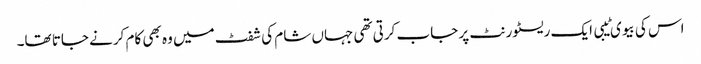
اس کی بیوی ٹیبی ایک ریسٹورنٹ پر جاب کرتی تھی جہاں شام کی شفٹ میں وہ بھی کام کرنے جاتا تھا۔